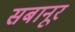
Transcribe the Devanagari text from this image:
सबानूर